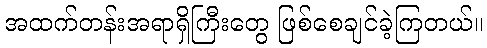
အထက်တန်းအရာရှိကြီးတွေ ဖြစ်စေချင်ခဲ့ကြတယ်။